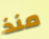
منذ